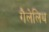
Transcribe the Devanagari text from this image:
गैलेलिथ